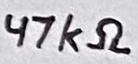
Text: 47kΩ